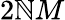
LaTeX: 2\mathbb{N}M